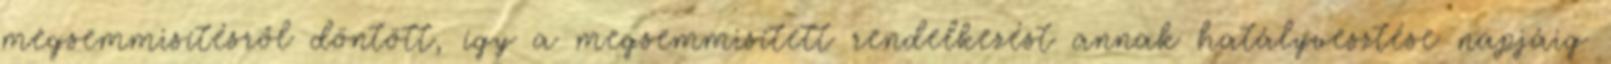
megsemmisítésről döntött, így a megsemmisített rendelkezést annak hatályvesztése napjáig